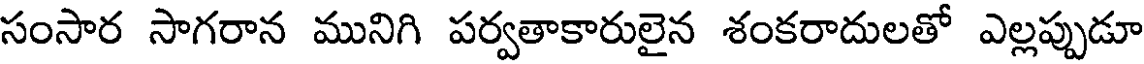
సంసార సాగరాన మునిగి పర్వతాకారులైన శంకరాదులతో ఎల్లప్పుడూ